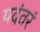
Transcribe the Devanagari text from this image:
यदंतरं